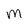
Character: m